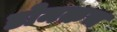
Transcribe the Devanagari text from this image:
डोमकच